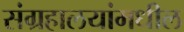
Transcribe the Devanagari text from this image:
संग्रहालयांमधील